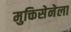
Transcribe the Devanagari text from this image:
मुक्तिसेनेला